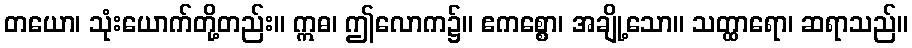
တယော၊ သုံးယောက်တို့တည်း။ ဣဓ၊ ဤလောက၌။ ဧကစ္စော၊ အချို့သော။ သတ္ထာရော၊ ဆရာသည်။